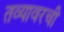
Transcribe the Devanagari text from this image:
तव्यावरची